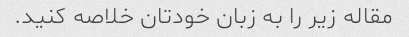
مقاله زیر را به زبان خودتان خلاصه کنید.